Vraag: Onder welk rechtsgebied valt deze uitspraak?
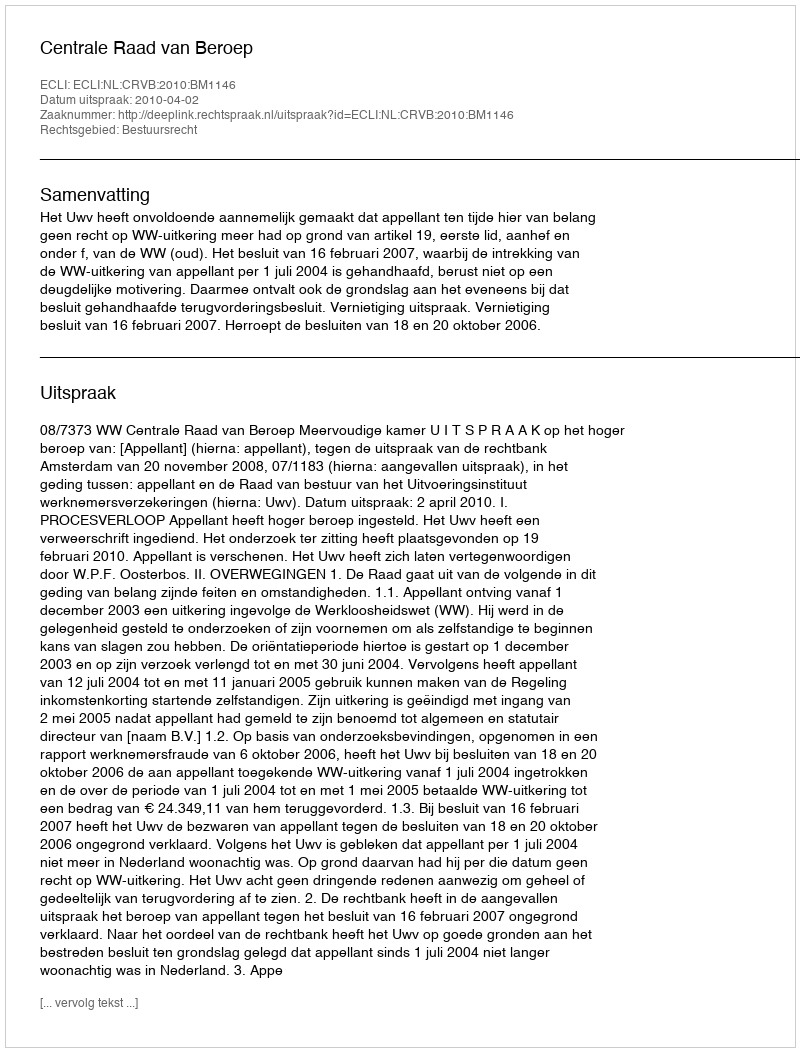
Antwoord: Bestuursrecht